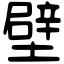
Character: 壁